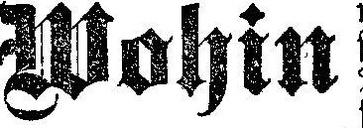
Wohin